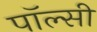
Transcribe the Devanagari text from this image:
पॉल्सी